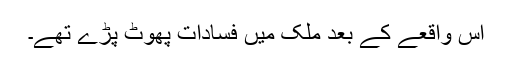
اس واقعے کے بعد ملک میں فسادات پھوٹ پڑے تھے۔